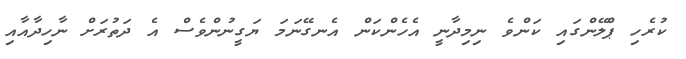
ކުރެހި ޕްލޭންގައި ކަންވެ ނިމިދާނީ އެހެންކަން އެނގޭނަމަ ޔަގީނުންވެސް އެ ދަތުރަށް ނާހިދާއާއި